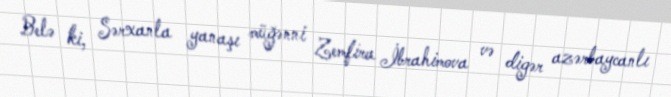
Belə ki, Sərxanla yanaşı müğənni Zemfira İbrahimova və digər azərbaycanlı